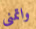
واتمنى